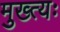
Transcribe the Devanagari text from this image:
मुख्त्यः